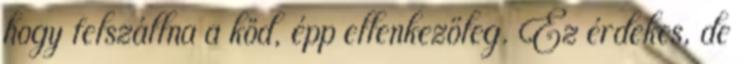
hogy felszállna a köd, épp ellenkezőleg. Ez érdekes, de